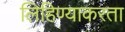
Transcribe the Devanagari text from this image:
लिहिण्याकरता